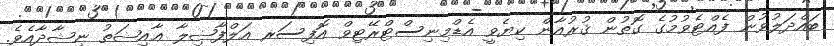
ބައްދަލުވުން ފެއްޓެވުމުގެ ގޮތުން ޤުރުއާން ކިޔެވީ އެޑްމިނިސްޓްރޭޓިވް އޮފިސަރ އަލްފާޟިލާ ޢާއިޝަތު ނިޝާދާއެވެ.